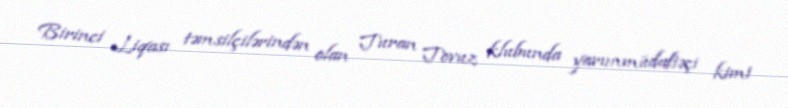
Birinci Liqası təmsilçilərindən olan Turan Tovuz klubunda yarımmüdafiəçi kimi